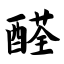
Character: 醛